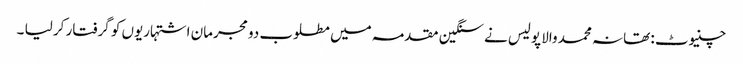
چنیوٹ : تھانہ محمد والا پولیس نے سنگین مقدمہ میں مطلوب دو مجرمان اشتہاریوں کو گرفتار کر لیا ۔